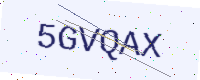
Text: 5GVQAX